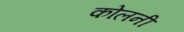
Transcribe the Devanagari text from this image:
कोलनी